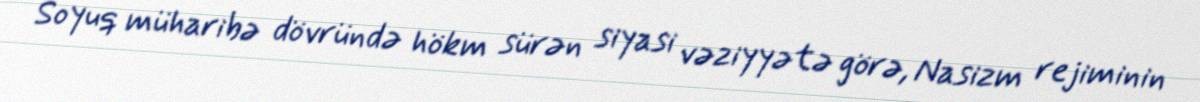
Soyuq müharibə dövründə hökm sürən siyasi vəziyyətə görə, Nasizm rejiminin